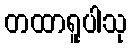
တထာရူပါသု